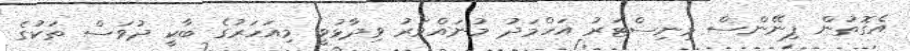
އެގޮތުން ފިނޭންސް މިނިސްޓަރު އަހްމަދު މުނައްވަރު ވިދާޅުވީ މިއަހަރުގެ ބާކީ ދުވަސް ތަކުގެ